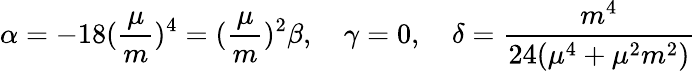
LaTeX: \alpha=-18(\frac{\mu}{m})^{4}=(\frac{\mu}{m})^{2}\beta,\quad\gamma=0,\quad\delta=\frac{m^{4}}{24(\mu^{4}+\mu^{2}m^{2})}